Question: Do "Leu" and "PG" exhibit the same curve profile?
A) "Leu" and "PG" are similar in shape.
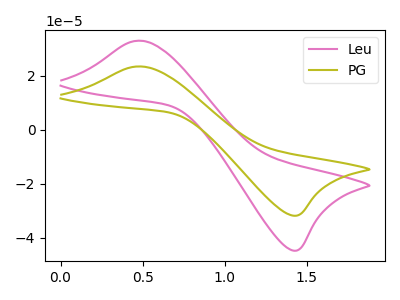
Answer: <think>The pink curve "Leu" has an anodic peak at (0.50V, 32.95uA) and a cathodic peak at (1.40V, -44.65uA). The olive curve "PG" has an anodic peak at (0.50V, 23.40uA) and a cathodic peak at (1.40V, -31.75uA).
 All the peaks in "Leu" have a peak in "PG" at the same potential. Every peak in "Leu" is higher than every peak in "PG".</think>
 <answer>A) "Leu" and "PG" are similar in shape.</answer>
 <eval>A</eval>